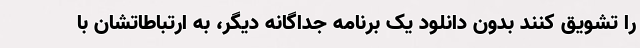
را تشویق کنند بدون دانلود یک برنامه جداگانه دیگر، به ارتباطاتشان با